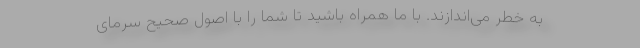
به خطر می‌اندازند. با ما همراه باشید تا شما را با اصول صحیح سرمای